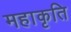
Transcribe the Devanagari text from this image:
महाकृति